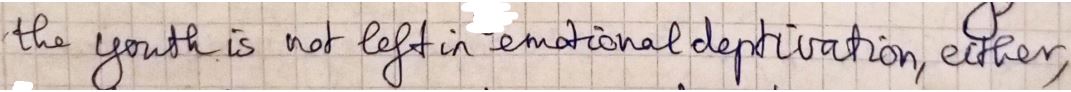
the youth is not left in emotional deptivation, either,